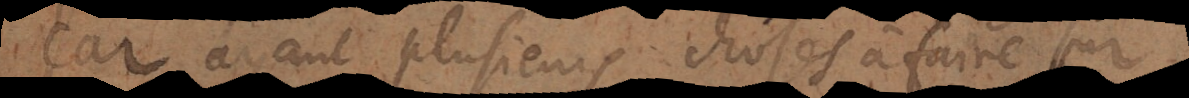
car ayant plusieurs choses à faire par